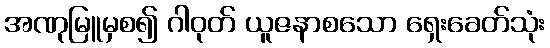
အဏုမြူမှစ၍ ဂါဝုတ် ယူဇနာစသော ရှေးခေတ်သုံး